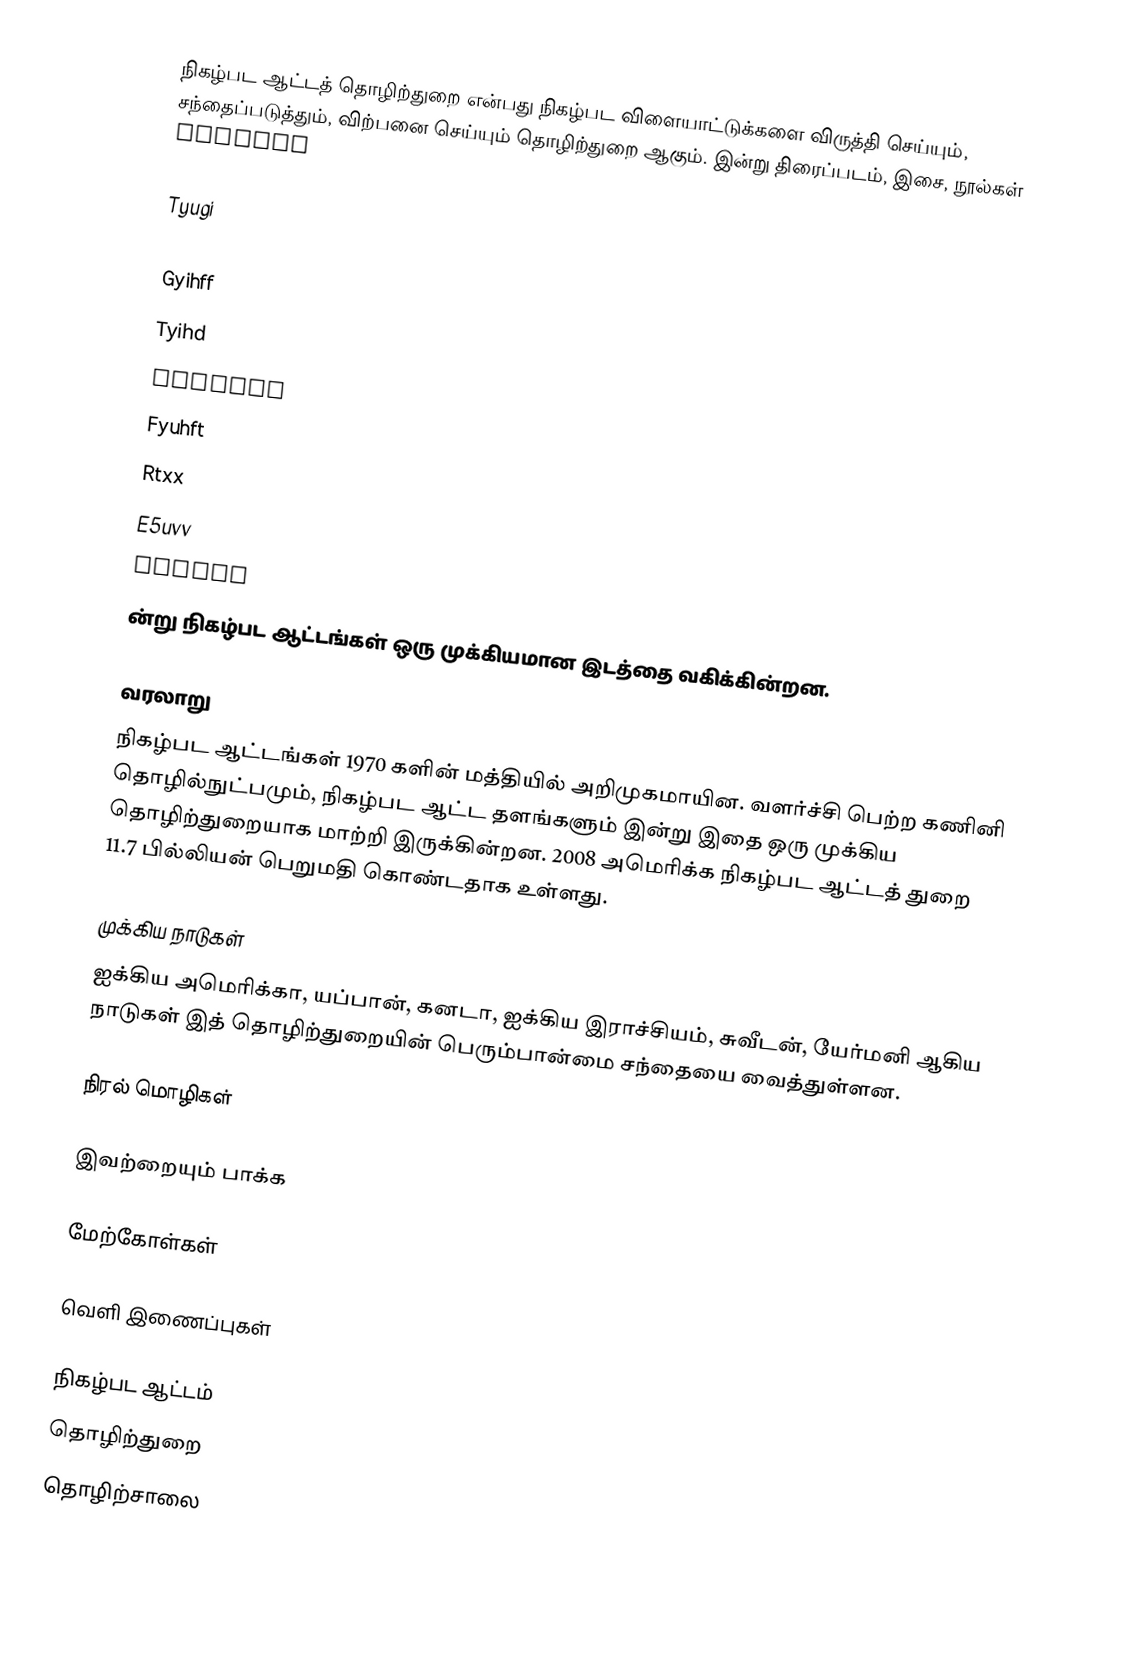
நிகழ்பட ஆட்டத் தொழிற்துறை என்பது நிகழ்பட விளையாட்டுக்களை விருத்தி செய்யும், சந்தைப்படுத்தும், விற்பனை செய்யும் தொழிற்துறை ஆகும். இன்று திரைப்படம், இசை, நூல்கள் tddfhhg

Tyugi
Hhj
Gyihff
Tyihd
Fyuddtu
Fyuhft
Rtxx
E5uvv
Ytdshm
ன்று நிகழ்பட ஆட்டங்கள் ஒரு முக்கியமான இடத்தை வகிக்கின்றன.

வரலாறு
நிகழ்பட ஆட்டங்கள் 1970 களின் மத்தியில் அறிமுகமாயின. வளர்ச்சி பெற்ற கணினி தொழில்நுட்பமும், நிகழ்பட ஆட்ட தளங்களும் இன்று இதை ஒரு முக்கிய தொழிற்துறையாக மாற்றி இருக்கின்றன. 2008 அமெரிக்க நிகழ்பட ஆட்டத் துறை 11.7 பில்லியன் பெறுமதி கொண்டதாக உள்ளது.

முக்கிய நாடுகள்
ஐக்கிய அமெரிக்கா, யப்பான், கனடா, ஐக்கிய இராச்சியம், சுவீடன், யேர்மனி ஆகிய நாடுகள் இத் தொழிற்துறையின் பெரும்பான்மை சந்தையை வைத்துள்ளன.

நிரல் மொழிகள்

இவற்றையும் பாக்க

மேற்கோள்கள்

வெளி இணைப்புகள்

நிகழ்பட ஆட்டம்
தொழிற்துறை
தொழிற்சாலை